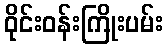
ဝိုင်းဝန်းကြိုးပမ်း